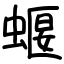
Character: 蝘